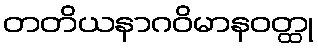
တတိယနာဂဝိမာနဝတ္ထု